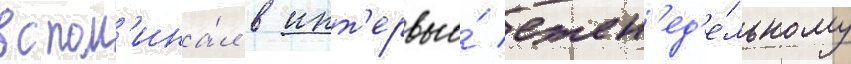
вспом'ина́л в инт'ервью́ ежен'ед'е́льному